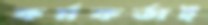
কর্মকর্তাই